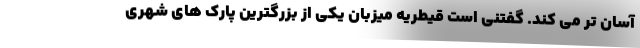
آسان تر می کند. گفتنی است قیطریه میزبان یکی از بزرگترین پارک های شهری